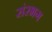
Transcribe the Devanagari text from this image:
संरभग